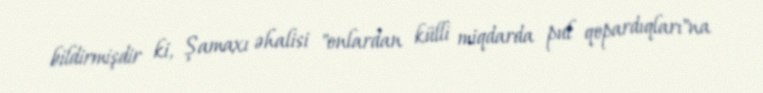
bildirmişdir ki, Şamaxı əhalisi "onlardan külli miqdarda pul qopardıqları"na